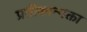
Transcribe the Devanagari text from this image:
प्रतीकान्मक्ता